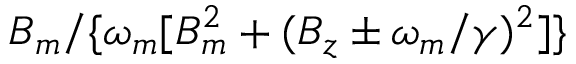
B _ { m } / \{ \omega _ { m } [ B _ { m } ^ { 2 } + ( B _ { z } \pm \omega _ { m } / \gamma ) ^ { 2 } ] \}